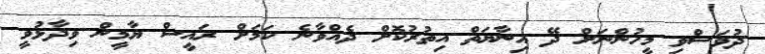
ދުވަސްވި މީހުންނަށް ދޭ އިނާޔަތް އިތުރުކޮށް ދެއްވާނެ ކަމަށް ރައީސް ޔާމީން ވިދާޅުވީ